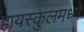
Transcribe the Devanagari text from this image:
हायस्कुलमध्ये